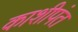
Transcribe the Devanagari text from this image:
काशीपंत